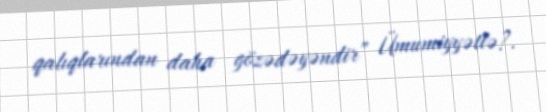
qalıqlarından daha gözədəyəndir” Ümumiyyətlə?.